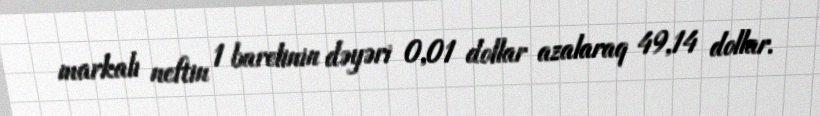
markalı neftin 1 barelinin dəyəri 0,01 dollar azalaraq 49,14 dollar.